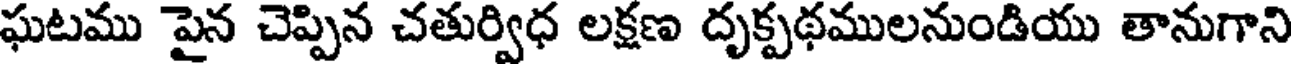
ఘటము పైన చెప్పిన చతుర్విధ లక్షణ దృక్పథములనుండియు తానుగాని